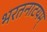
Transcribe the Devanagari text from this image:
भरतनाटयम्